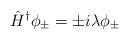
LaTeX: \begin{align*}\hat{H}^{\dagger}\phi_{\pm}=\pm i\lambda \phi_{\pm} \end{align*}